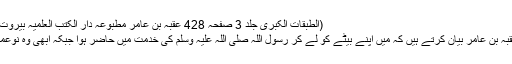
(الطبقات الکبریٰ جلد 3 صفحہ 428 عُقْبَہ بن عامرؓ مطبوعہ دار الکتب العلمیہ بیروت 1995ء)
حضرت عُقْبَہ بن عامر بیان کرتے ہیں کہ میں اپنے بیٹے کو لے کر رسول اللہ صلی اللہ علیہ وسلم کی خدمت میں حاضر ہوا جبکہ ابھی وہ نَوعمر لڑکا تھا۔